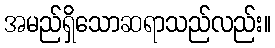
အမည်ရှိသောဆရာသည်လည်း။